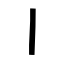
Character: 丨